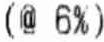
(@ 6%)